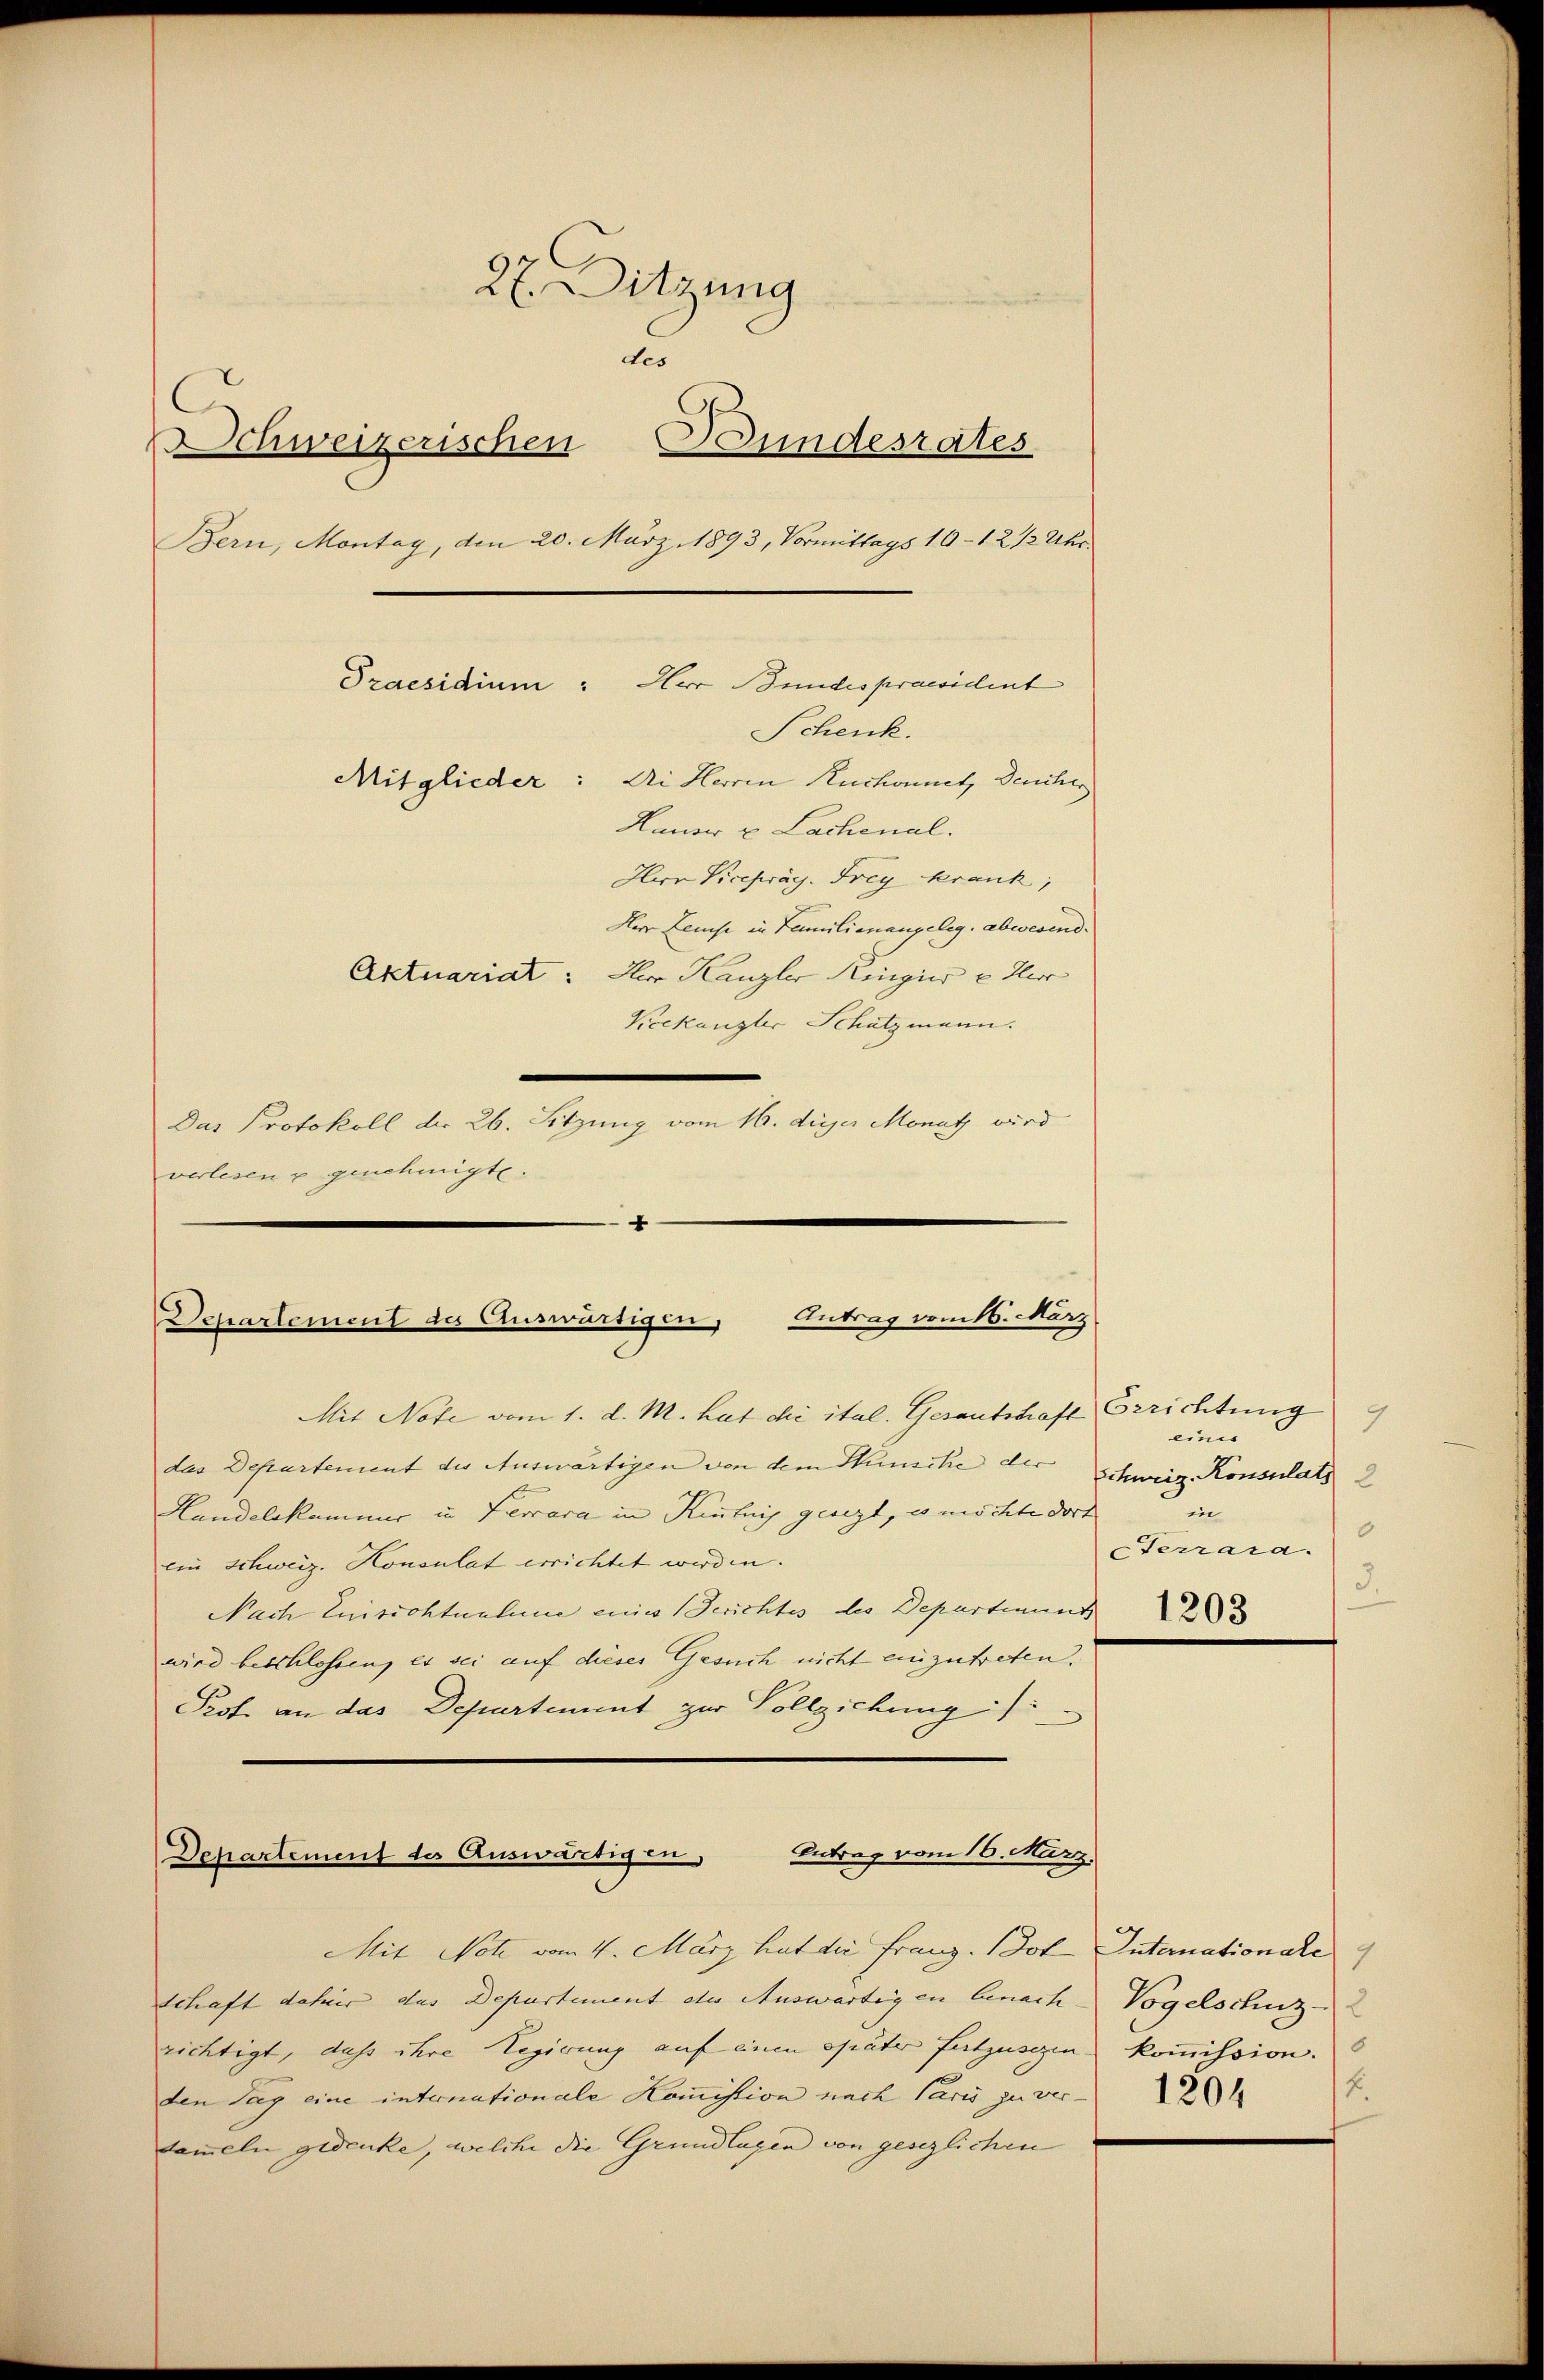
27. Sitzung
des
Schweizerischen Bundesrates
Bern, Montag, den 20. März 1893, Vormittags 10-12 1/2 Uhr.
Praesidium: Herr Bundespraesident
Schenk.
Mitglieder: Di Herren Ruchonnet, Deucher
Hauser u Lachenal.
Herr Vicepräg. Frey Krank,
Der Leuse in Familienangeleg. abwesend.
Aktuariat: Herr Kanzler Ringier u Herr
Keekanzler Schatzmann.

Das Protokoll der 26. Sitzung vom 16. die Monatz wird.
verlesen u genehmigte.

—
Departement des Auswärtigen, Eintrag/Antrag vom 16. März

Mit Note vom 1. d. M. hat die ital. Gesantschaft
das Departement der Auswärtigen von dem Sunsche der Schweiz. Konsulats 2
Landelskammer in Ferrara in Kentnis geregt, es möchte dort
ein Schweiz. Honsulat errichtet werden.
Nach Enisichtnahme eines Gerichtes des Departinand
wird beschlossen, es sei auf dieses Gesuch nicht einzutreten.
Prst an das Departement zur Vollziehung /:

Departement des Auswärtigen Antrag vom 16. März,

Mit Note vom 4. März hat die Franz. Jot Internationale
Schaft daher das Departement des Auswärtigen benach- |
richtigt, dass ihre Regierung auf einen später festzusehen- |
den Tag eine internationale Kommission nach Paris zu verdammeln gedenke, welche die Grundlagen von gesezlichen

Grrichtung
9
eines
in
6
Sterrara.
3
1203

Vogelschuz
kommission.
12.
1204